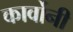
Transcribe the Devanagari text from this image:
कार्वोनी